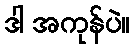
ဒါ အကုန်ပဲ။